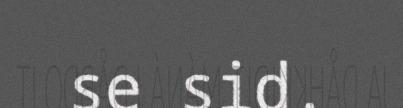
se sid.